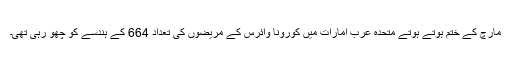
مارچ کے ختم ہوتے ہوتے متحدہ عرب امارات میں کورونا وائرس کے مریضوں کی تعداد 664 کے ہندسے کو چُھو رہی تھی۔